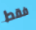
فقط